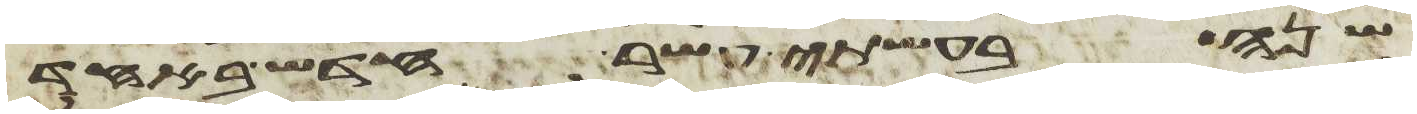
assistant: שנה בעשתי עשר חדש באחד